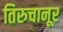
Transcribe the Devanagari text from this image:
तिरुचानूर